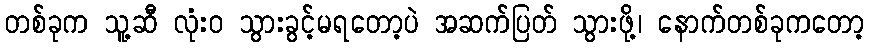
တစ်ခုက သူ့ဆီ လုံးဝ သွားခွင့်မရတော့ပဲ အဆက်ပြတ် သွားဖို့၊ နောက်တစ်ခုကတော့